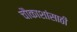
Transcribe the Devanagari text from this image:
चौकाशांसाठी